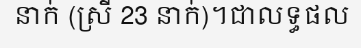
នាក់ (ស្រី 23 នាក់)។ជាលទ្ធផល